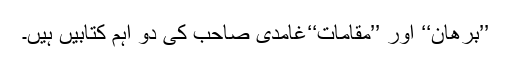
’’برھان‘‘ اور ’’مقامات‘‘غامدی صاحب کی دو اہم کتابیں ہیں۔